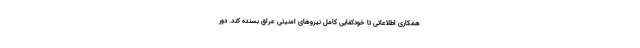
همکاری اطلاعاتی تا خودکفایی کامل نیروهای امنیتی عراق بسنده کند. دور